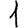
Digit: 1